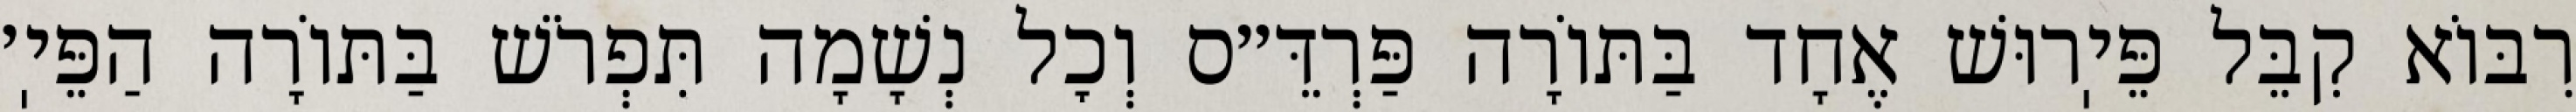
רִבּוֹא קִבֵּל פֵּיֽרוּשׁ אֶחָד בַּתּוֹרָה פַּרְדֵּ״ס וְכׇל נְשָׁמָה תִּפְרֹשׁ בַּתּוֹרָה הַפֵּיֽ׳